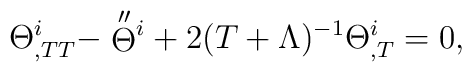
\Theta^{i}_{,TT}-\stackrel{\scriptstyle\prime\prime}{\Theta}\hspace{-3.5pt}\vphantom{\Theta}^{i}+2(T+\Lambda)^{-1}\Theta^{i}_{,T}=0 ,